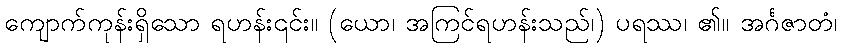
ကျောက်ကုန်းရှိသော ရဟန်း၎င်း။ (ယော၊ အကြင်ရဟန်းသည်၊) ပရဿ၊ ၏။ အင်္ဂဇာတံ၊